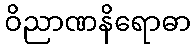
ဝိညာဏနိရောဓာ